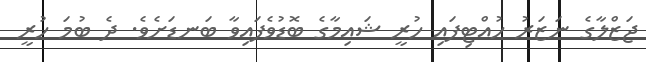
ޖަޒްލާގެ ނަޒަރު ހުއްޓިފައި ހުރީ ޝައިމާގެ ބޮޑުވެފައިވާ ބަނޑަށެވެ. ދެ ބުމަ ހުރީ